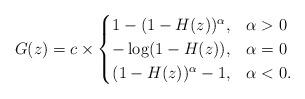
LaTeX: \begin{align*}G(z) = c\times\begin{cases}1- (1-H(z))^\alpha, & \alpha > 0\\-\log (1-H(z)), & \alpha = 0\\(1-H(z))^\alpha - 1, & \alpha < 0.\end{cases}\end{align*}